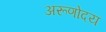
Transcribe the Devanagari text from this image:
अरूणोदय